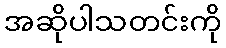
အဆိုပါသတင်းကို